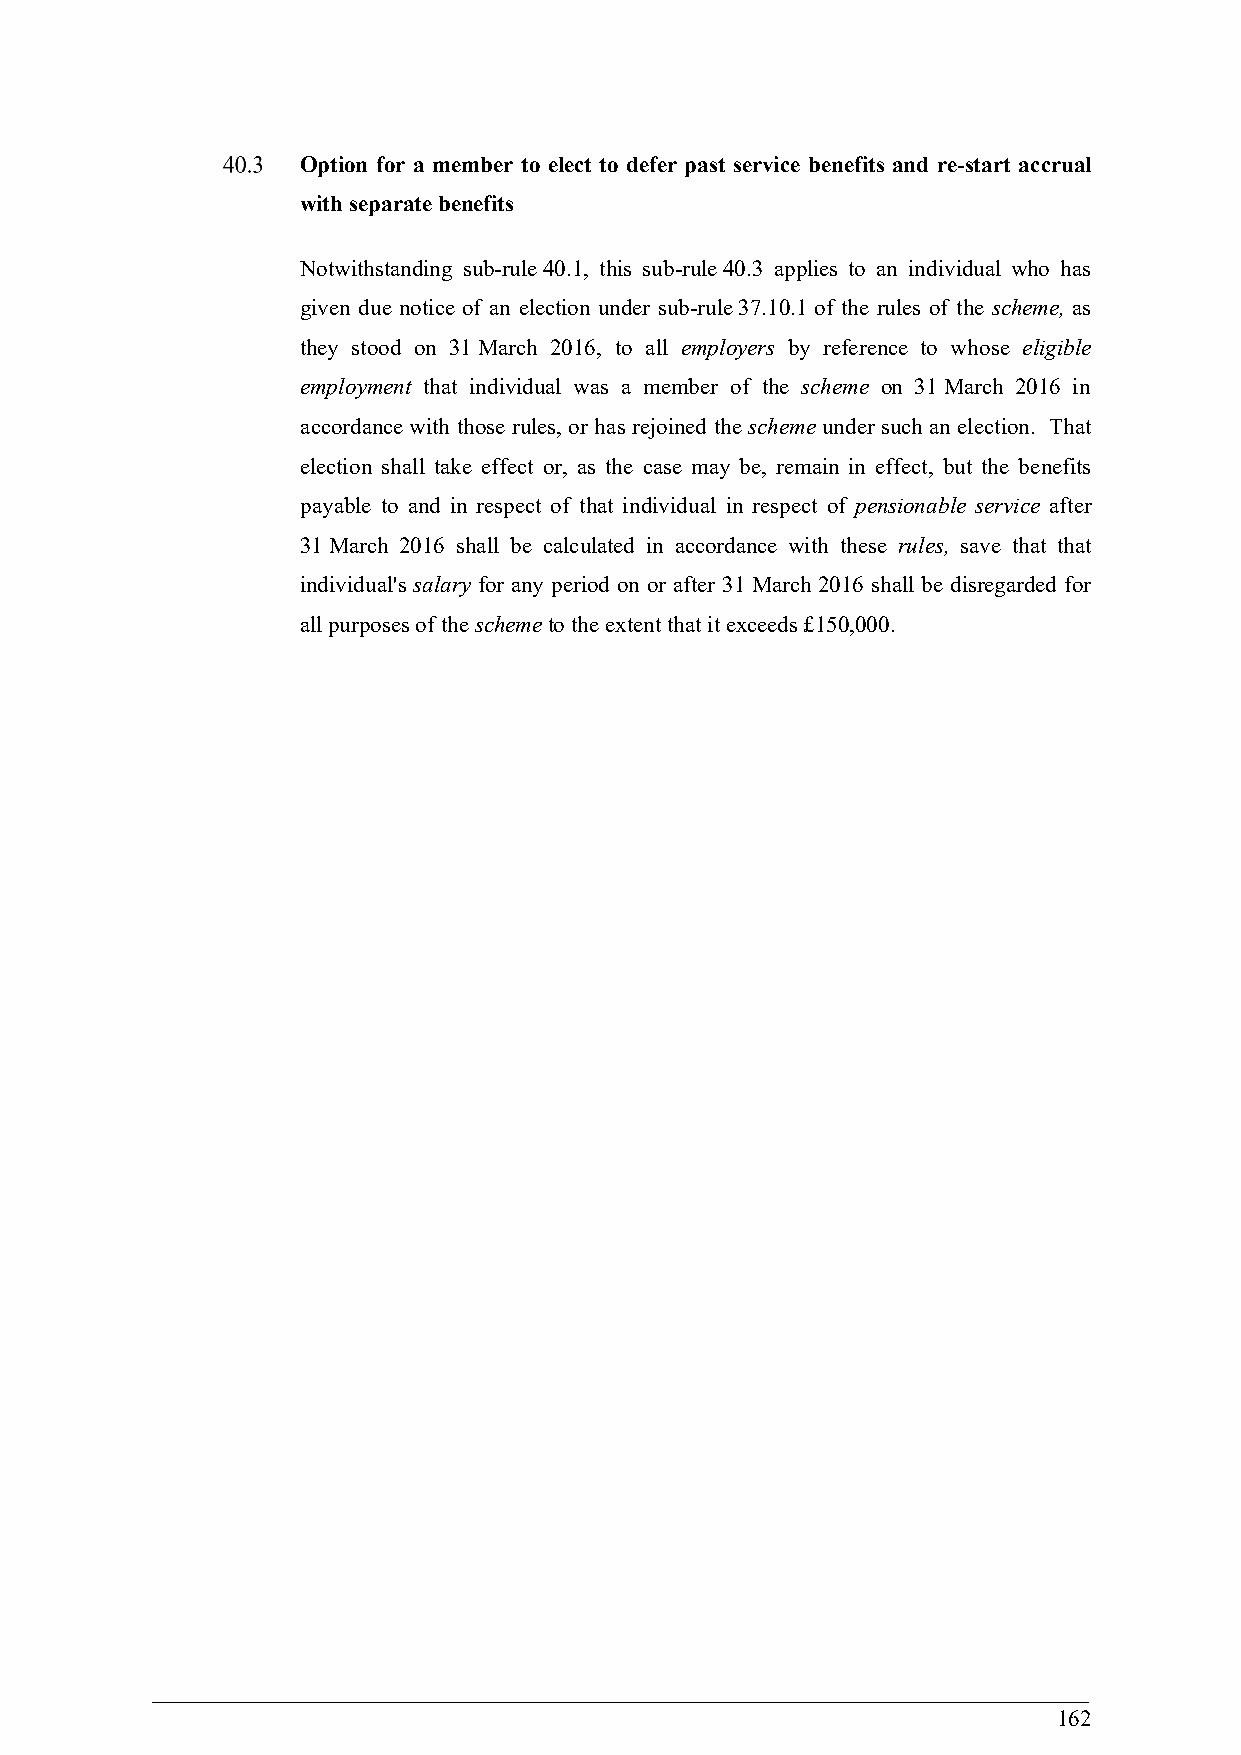
Option for a member to elect to defer past service benefits and re-start accrual
 with separate benefits
 Notwithstanding sub-rule 40.1, this sub-rule 40.3 applies to an individual who has
 given due notice of an election under sub-rule 37.10.1 of the rules of the scheme, as
 they stood on 31 March 2016, to all employers by reference to whose eligible
 employment that individual was a member of the scheme on 31 March 2016 in
 accordance with those rules, or has rejoined the scheme under such an election. That
 election shall take effect or, as the case may be, remain in effect, but the benefits
 payable to and in respect of that individual in respect of pensionable service after
 31 March 2016 shall be calculated in accordance with these rules, save that that
 individual's salary for any period on or after 31 March 2016 shall be disregarded for
 all purposes of the scheme to the extent that it exceeds £150,000.
 162